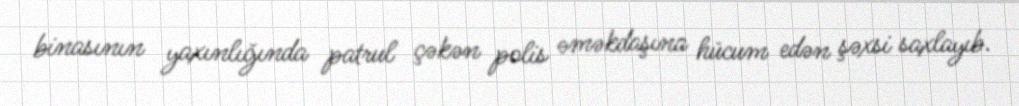
binasının yaxınlığında patrul çəkən polis əməkdaşına hücum edən şəxsi saxlayıb.